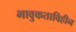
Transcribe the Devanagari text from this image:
भावुकताविहीन